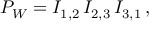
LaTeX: P _ { W } = I _ { 1 , 2 } \, I _ { 2 , 3 } \, I _ { 3 , 1 } \, ,